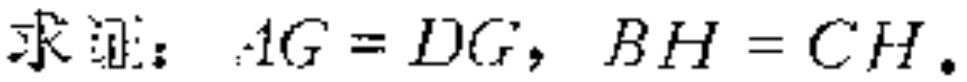
求证：\(AG = DG,\ BH = CH\)。